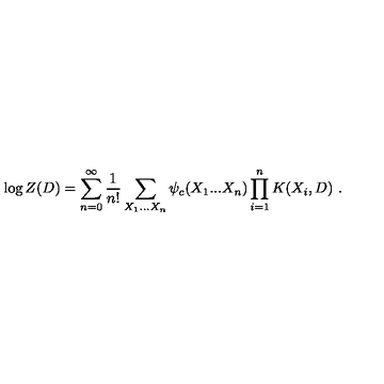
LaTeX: \left. \log Z ( D ) = \sum _ { n = 0 } ^ { \infty } \frac { 1 } { n ! } \sum _ { X _ { 1 } . . . X _ { n } } \psi _ { c } ( X _ { 1 } . . . X _ { n } ) \prod _ { i = 1 } ^ { n } K ( X _ { i } , D ) \ . \right.